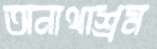
অনাথাশ্রম